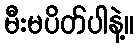
မီးမပိတ်ပါနဲ့။